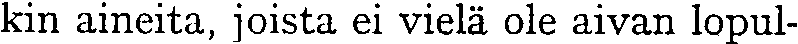
kin aineita, joista ei vielä ole aivan lopul-